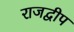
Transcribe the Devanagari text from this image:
राजद्वीप